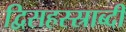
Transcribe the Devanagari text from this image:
द्विसहस्स्राब्दी